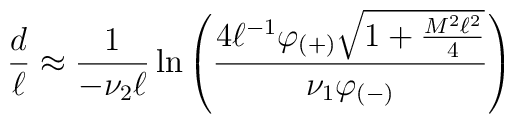
{d \over \ell}\approx {1\over -\nu_2\ell}\ln\left(       {4\ell^{-1}\varphi_{(+)}     \sqrt{1+{M^2\ell^2\over4}} \over \nu_1\varphi_{(-)}}\right)